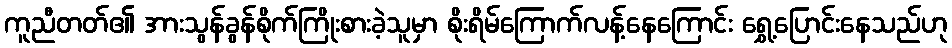
ကူညီတတ်၏ အားသွန်ခွန်စိုက်ကြိုးစားခဲ့သူမှာ စိုးရိမ်ကြောက်လန့်နေကြောင်း ရွှေ့ပြောင်းနေသည်ဟု